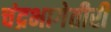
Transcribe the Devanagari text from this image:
चंद्रभागेतीरीं